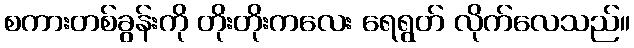
စကားတစ်ခွန်းကို တိုးတိုးကလေး ရေရွတ် လိုက်လေသည်။